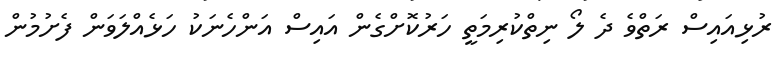
ރުޅިއައިސް ރަތްވެ ދެ ލޯ ނިތްކުރިމަތީ ހަރުކޮށްގެން އައިސް އަންހެނަކު ހަޅެއްލަވަން ފެށުމުން